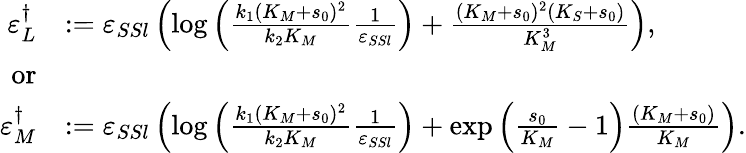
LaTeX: \begin{array}{rl}{\varepsilon_{L}^{\dagger}}&{:=\varepsilon_{SSl}\left(\log\left(\frac{k_{1}(K_{M}+s_{0})^{2}}{k_{2}K_{M}}\frac{1}{\varepsilon_{SSl}}\right)+\frac{(K_{M}+s_{0})^{2}(K_{S}+s_{0})}{K_{M}^{3}}\right),}\\ {\mathrm{or}}\\ {\varepsilon_{M}^{\dagger}}&{:=\varepsilon_{SSl}\left(\log\left(\frac{k_{1}(K_{M}+s_{0})^{2}}{k_{2}K_{M}}\frac{1}{\varepsilon_{SSl}}\right)+\exp\left(\frac{s_{0}}{K_{M}}-1\right)\frac{(K_{M}+s_{0})}{K_{M}}\right).}\end{array}